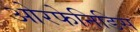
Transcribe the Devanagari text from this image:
ओरफेनिडिस